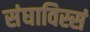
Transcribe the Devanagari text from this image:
संघाविस्सं